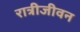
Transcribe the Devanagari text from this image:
रात्रीजीवन